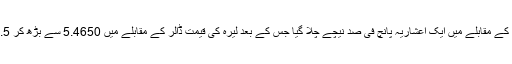
گزشتہ روز ترک لیرا امریکی کرنسی ڈالر کے مقابلے میں ایک اعشاریہ پانچ فی صد نیچے چلا گیا جس کے بعد لیرہ کی قیمت ڈالر کے مقابلے میں 5.4650 سے بڑھ کر 1.5 فیصد اضافے کے بعد 5.5475 ہوگئی۔